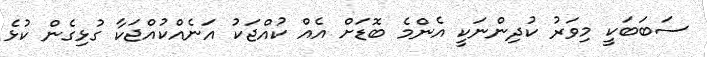
ސަބަބަކީ މިވަރު ކުދިންނަކީ އެންމެ ބޮޑަށް އެއް ކުއްޖަކު އަނެއްކުއްޖަކާ ގުޅިގެން ކުޅެ